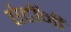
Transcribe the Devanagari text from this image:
एंटॉनी